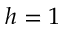
h = 1